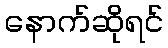
နောက်ဆိုရင်